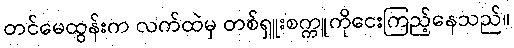
တင်မေထွန်းက လက်ထဲမှ တစ်ရှူးစက္ကူကိုငေးကြည့်နေသည်။